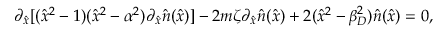
\partial _ { \hat { x } } [ ( \hat { x } ^ { 2 } - 1 ) ( \hat { x } ^ { 2 } - \alpha ^ { 2 } ) \partial _ { \hat { x } } \hat { n } ( \hat { x } ) ] - 2 m \zeta \partial _ { \hat { x } } \hat { n } ( \hat { x } ) + 2 ( \hat { x } ^ { 2 } - \beta _ { D } ^ { 2 } ) \hat { n } ( \hat { x } ) = 0 ,